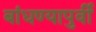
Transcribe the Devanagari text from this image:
बांधण्यापुर्वी